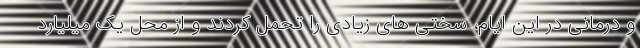
و درمانی در این ایام، سختی های زیادی را تحمل کردند و از محل یک میلیارد